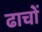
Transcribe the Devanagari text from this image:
ढाचों